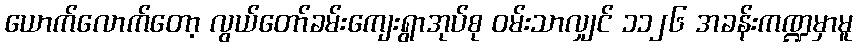
ယောက်လောက်တော့ လွယ်တော်ခမ်းကျေးရွာအုပ်စု ဝမ်းသာလျှင် ၁၁၂၆ အခန်းကဏ္ဍမှာမူ